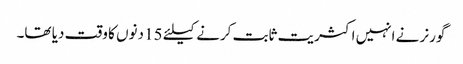
گورنر نے انہیں اکثریت ثابت کرنے کیلئے 15 دنوں کا وقت دیا تھا۔